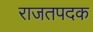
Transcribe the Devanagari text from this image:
राजतपदक